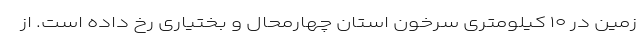
زمین در ۱۰ کیلومتری سرخون استان چهارمحال و بختیاری رخ داده‌ است. از